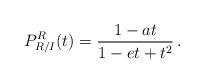
LaTeX: \begin{align*}P_{R/I}^R(t)=\frac{1-at}{1-et+t^2}\,.\end{align*}